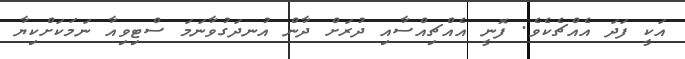
އަކީ ފަދަ އެއްޗެކެވެ. ފޮނީ އެއްޗިއްސާއި ދުރަށް ދާން އުނދަގުވާނަމަ ސްޓިވިއާ ނަމަކަށްކިޔާ